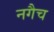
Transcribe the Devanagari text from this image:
नगैच